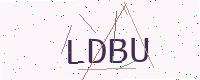
Text: LDBU